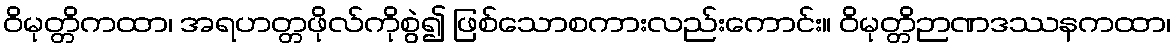
ဝိမုတ္တိကထာ၊ အရဟတ္တဖိုလ်ကိုစွဲ၍ ဖြစ်သောစကားလည်းကောင်း။ ဝိမုတ္တိဉာဏဒဿနကထာ၊